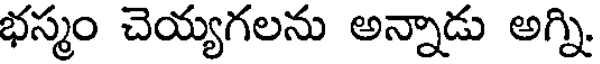
భస్మం చెయ్యగలను అన్నాడు అగ్ని.